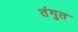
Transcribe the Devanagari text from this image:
तंगुत